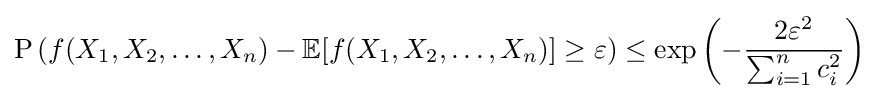
{\text{P}}\left(f(X_{1},X_{2},\ldots ,X_{n})-\mathbb {E} [f(X_{1},X_{2},\ldots ,X_{n})]\geq \varepsilon \right)\leq \exp \left(-{\frac {2\varepsilon ^{2}}{\sum _{i=1}^{n}c_{i}^{2}}}\right)